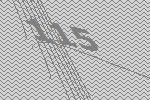
115